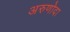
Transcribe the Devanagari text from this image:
अरुणोदा